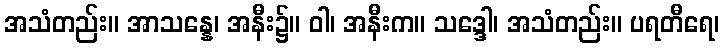
အသံတည်း။ အာသန္နေ၊ အနီး၌။ ဝါ၊ အနီးက။ သဒ္ဒေါ၊ အသံတည်း။ ပရတီရေ၊